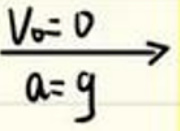
$\frac{v_{0}=0}{a=g} \rightarrow$